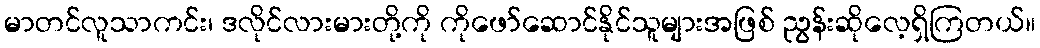
မာတင်လူသာကင်း၊ ဒလိုင်လားမားတို့ကို ကိုဖော်ဆောင်နိုင်သူများအဖြစ် ညွန်းဆိုလေ့ရှိကြတယ်။